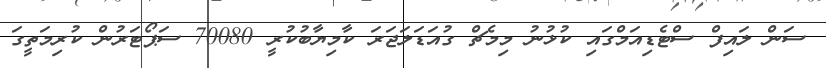
ސަން ލައިފް ސްޓެޑިއަމްގައި ކުޅުނު މިމެޗް ގުއަޑަލަޖަރަ ކާމިޔާބުކުރީ 70080 ސަޕޯޓަރުން ކުރިމަތީގަ